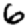
Digit: 6